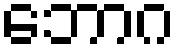
ဘောဂ